Lock hospitals Punjab
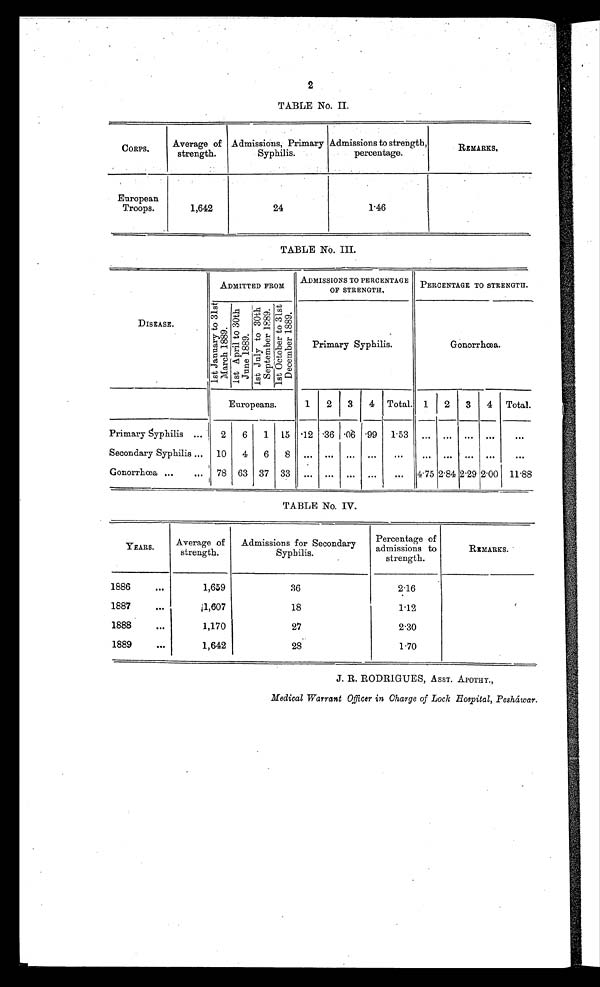
2
TABLE No. II.
CORPS,
Average of
strength.
Admissions; Primary
Syphilis.
Admissions to strength,
percentage.
R E M A R K S
.
European
Troops.
1,642
24
1.46
TABLE No. III.
DISEASE .
ADMITTED FROM
ADMISSIONS TO PERCENTAGE
OF STRENGTH.
PERCENTAGE TO STRENGTH.
1 s t J a n u a r y t o 3 1 s t
Ma r c h 1 8 8 9 . 1 s t A p r i l t o 3 0 t h J u n e 1 8 8 9 .
1 s t J u l y t o 3 0 t h S e p t e m b e r 1 8 8 9 .
1 s t O c t o b e r t o 3 1 s t D e c e m b e r 1 8 8 9 .
Primary Syphilis.
Gonorrhœa.
Europeans.
1 2 3 4 Total. 1 2 3
4 Total.
Primary Śyphilis ...
2 6 1 15 .12 .36
. 0 6
. 9 9 1.53
. . . ... ...
. . .
. . .
Secondary Syphilis ... 10 4 6 8 ... ... ... ...
...
. . .
...
...
. . .
. . .
Gonorrhœa ...
... 78 63 37 33 ... ... ... ...
... 4.75 2.84 2.29 2.00 11.88
TABLE No. IV.
YEARS.
Average of
strength.
Admissions for Secondary
Syphilis.
Percentage of
admissions to
strength.
REMARKS.
1886
. . .
1,659
36
2.16
1887
. . .
1,607
18
1.12
1888
...
1,170
27
2.30
1889
. . .
1,642
28
1.70
J. R. RODRIGUES, ASST. APOTHY.,
Medical Warrant Officer in Charge of Lock Hospital, Pesháwar.